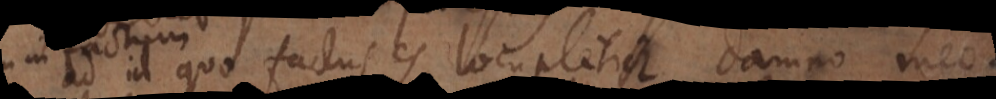
ad id quo factus es locupletior damno meo.